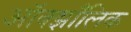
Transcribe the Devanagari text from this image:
ऑक्झाँलिक